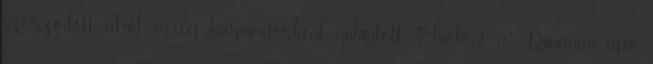
szerződött, ahol 1882-ig karmesterként működött. Elsőként a Dunanan apó